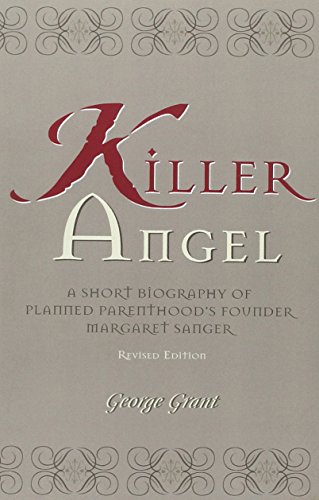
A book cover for Killer Angel: A Short Biography of Planned Parenthood's Founder, Margaret Sanger; George Grant; Politics & Social Sciences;